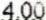
4.00